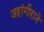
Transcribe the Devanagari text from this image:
जहांगीराने